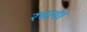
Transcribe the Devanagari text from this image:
रचाये।